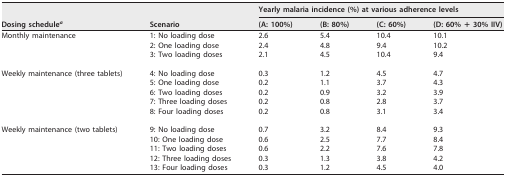
| <ROWSPAN=2> Dosing schedulea | <ROWSPAN=2> Scenario | <COLSPAN=4> Yearly malaria incidence (%) at various adherence levels |
 | (A: 100%) | (B: 80%) | (C: 60%) | (D: 60% + 30% IIV) |
 | --- | --- | --- | --- | --- | --- |
 | Monthly maintenance | 1: No loading dose | 2.6 | 5.4 | 10.4 | 10.1 |
 |  | 2: One loading dose | 2.4 | 4.8 | 9.4 | 10.2 |
 |  | 3: Two loading doses | 2.1 | 4.5 | 10.4 | 9.4 |
 | Weekly maintenance (three tablets) | 4: No loading dose | 0.3 | 1.2 | 4.5 | 4.7 |
 |  | 5: One loading dose | 0.2 | 1.1 | 3.7 | 4.3 |
 |  | 6: Two loading doses | 0.2 | 0.9 | 3.2 | 3.9 |
 |  | 7: Three loading doses | 0.2 | 0.8 | 2.8 | 3.7 |
 |  | 8: Four loading doses | 0.2 | 0.8 | 3.1 | 3.4 |
 | Weekly maintenance (two tablets) | 9: No loading dose | 0.7 | 3.2 | 8.4 | 9.3 |
 |  | 10: One loading dose | 0.6 | 2.5 | 7.7 | 8.4 |
 |  | 11: Two loading doses | 0.6 | 2.2 | 7.6 | 7.8 |
 |  | 12: Three loading doses | 0.3 | 1.3 | 3.8 | 4.2 |
 |  | 13: Four loading doses | 0.3 | 1.2 | 4.5 | 4.0 |